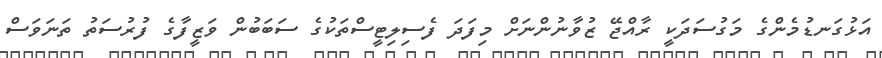
އަޅުގަނޑުމެންގެ މަގުސަދަކީ ރާއްޖޭ ޒުވާނުންނަށް މިފަދަ ފެސިލިޓީސްތަކުގެ ސަބަބުން ވަޒީފާގެ ފުރުސަތު ތަނަވަސް